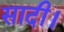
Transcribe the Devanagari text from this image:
सादी।